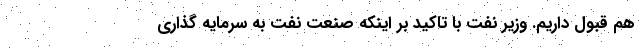
هم قبول داریم. وزیر نفت با تاکید بر اینکه صنعت نفت به سرمایه گذاری